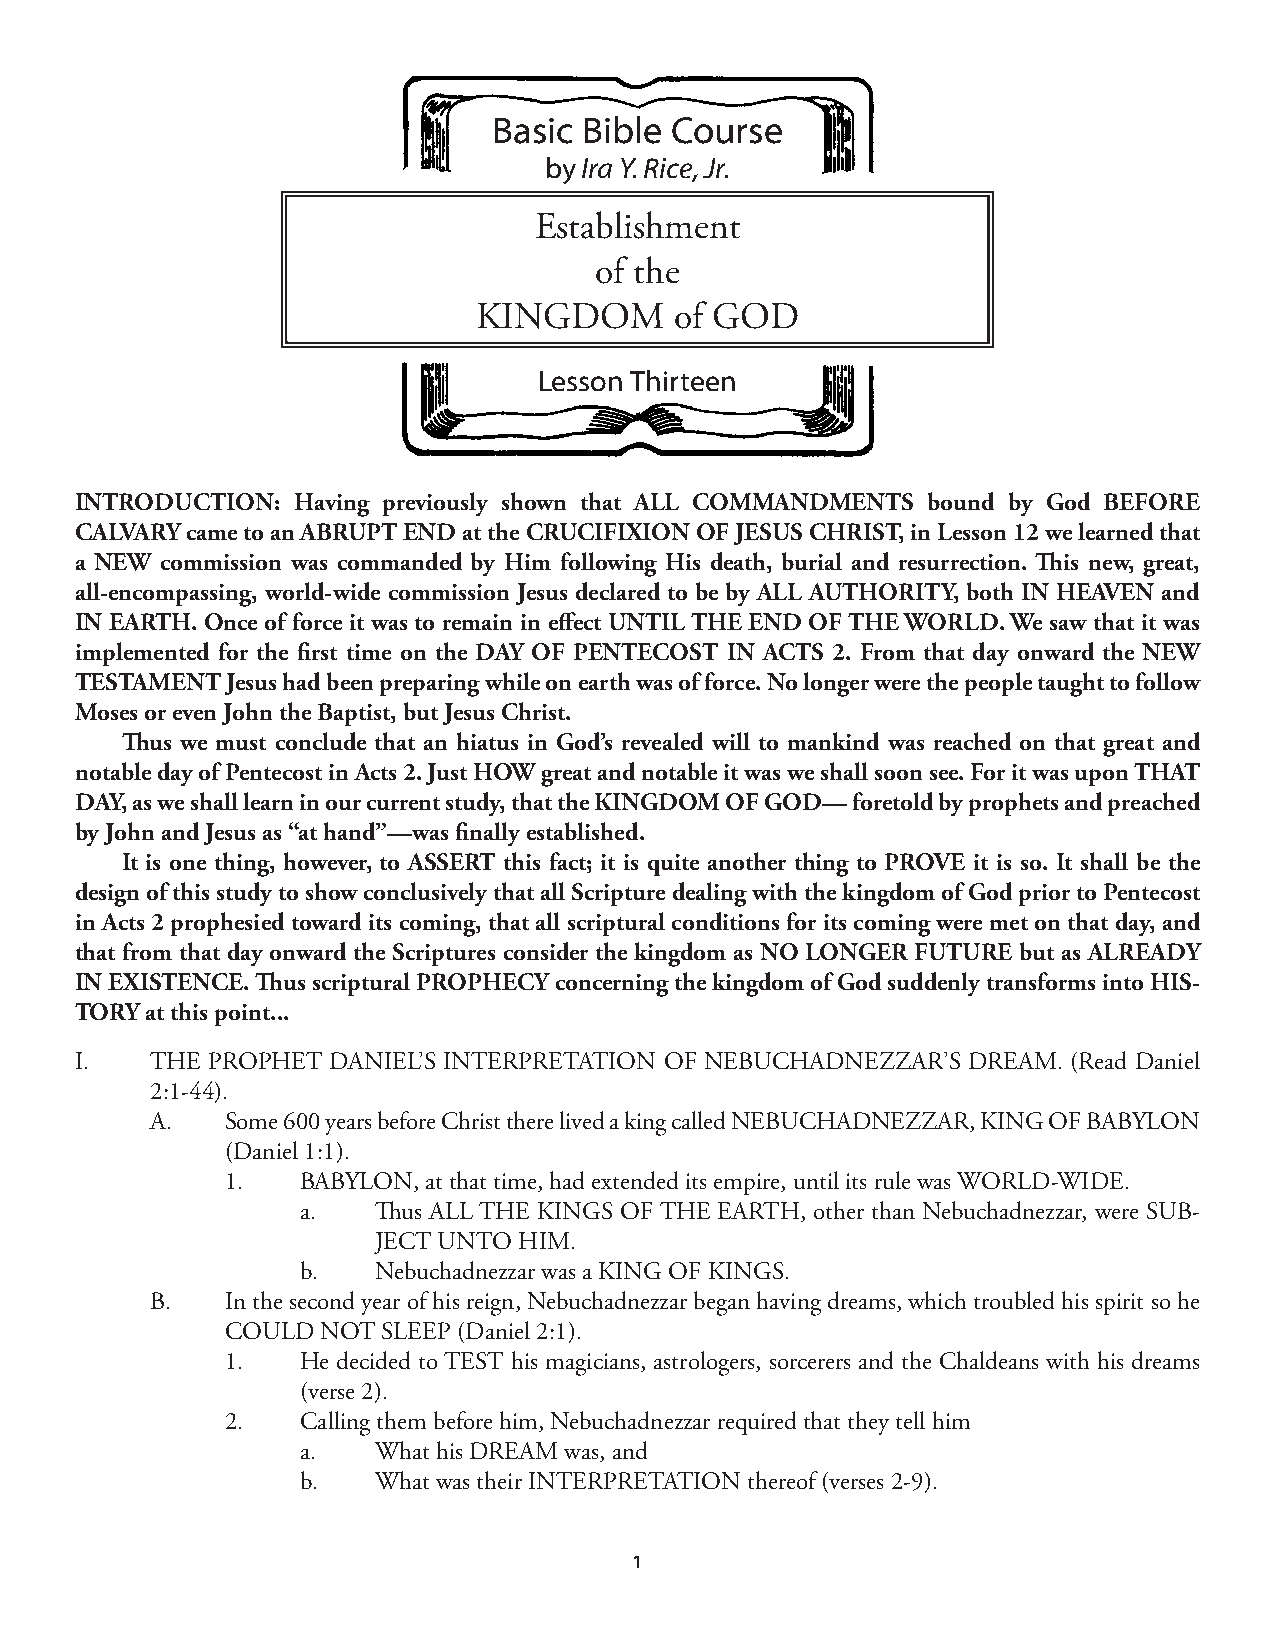
Basic Bible Course
 by Ira Y. Rice, Jr.
 Establishment
 of the
 KINGDOM       of GOD
 Lesson Thirteen
 INTRODUCTION: Having previously shown that ALL COMMANDMENTS bound by God BEFORE
 CALVARY came to an ABRUPT END at the CRUCIFIXION OF JESUS CHRIST, in Lesson 12 we learned that
 a NEW commission was commanded by Him following His death, burial and resurrection. This new, great,
 all-encompassing, world-wide commission Jesus declared to be by ALL AUTHORITY, both IN HEAVEN and
 IN EARTH. Once of force it was to remain in effect UNTIL THE END OF THE WORLD. We saw that it was
 implemented for the first time on the DAY OF PENTECOST IN ACTS 2. From that day onward the NEW
 TESTAMENT Jesus had been preparing while on earth was of force. No longer were the people taught to follow
 Moses or even John the Baptist, but Jesus Christ.
 Thus we must conclude that an hiatus in God’s revealed will to mankind was reached on that great and
 notable day of Pentecost in Acts 2. Just HOW great and notable it was we shall soon see. For it was upon THAT
 DAY, as we shall learn in our current study, that the KINGDOM OF GOD— foretold by prophets and preached
 by John and Jesus as “at hand”—was finally established.
 It is one thing, however, to ASSERT this fact; it is quite another thing to PROVE it is so. It shall be the
 design of this study to show conclusively that all Scripture dealing with the kingdom of God prior to Pentecost
 in Acts 2 prophesied toward its coming, that all scriptural conditions for its coming were met on that day, and
 that from that day onward the Scriptures consider the kingdom as NO LONGER FUTURE but as ALREADY
 IN EXISTENCE. Thus scriptural PROPHECY concerning the kingdom of God suddenly transforms into HIS-
 TORY at this point...
 I.   THE PROPHET DANIEL’S INTERPRETATION OF NEBUCHADNEZZAR’S DREAM. (Read Daniel
 2:1-44).
 A.   Some 600 years before Christ there lived a king called NEBUCHADNEZZAR, KING OF BABYLON
 (Daniel 1:1).
 1.   BABYLON, at that time, had extended its empire, until its rule was WORLD-WIDE.
 a.   Thus ALL THE KINGS OF THE EARTH, other than Nebuchadnezzar, were SUB-
 JECT UNTO HIM.
 b.   Nebuchadnezzar was a KING OF KINGS.
 B.   In the second year of his reign, Nebuchadnezzar began having dreams, which troubled his spirit so he
 COULD NOT SLEEP (Daniel 2:1).
 1.   He decided to TEST his magicians, astrologers, sorcerers and the Chaldeans with his dreams
 (verse 2).
 2.   Calling them before him, Nebuchadnezzar required that they tell him
 a.   What his DREAM was, and
 b.   What was their INTERPRETATION thereof (verses 2-9).
 1